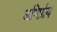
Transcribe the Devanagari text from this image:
अभिर्प्राय